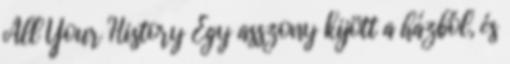
All Your History Egy asszony kijött a házból, és